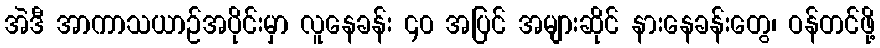
အဲဒီ အာကာသယာဉ်အပိုင်းမှာ လူနေခန်း ၄၀ အပြင် အများဆိုင် နားနေခန်းတွေ၊ ဝန်တင်ဖို့